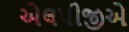
એલપીજીએ